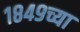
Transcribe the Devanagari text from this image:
१८४९च्या